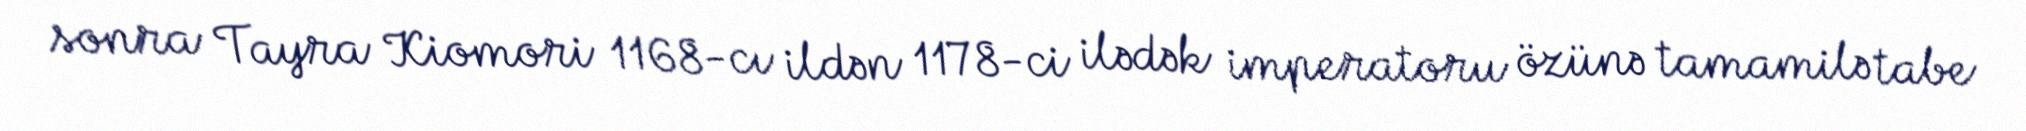
sonra Tayra Kiomori 1168-cı ildən 1178-ci ilədək imperatoru özünə tamamilə tabe